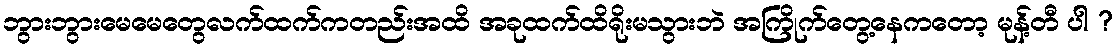
ဘွားဘွားမေမေတွေလက်ထက်ကတည်းအထိ အခုထက်ထိရိုးမသွားဘဲ အကြိုက်တွေ့နေကတော့ မုန့်တီ ပါ ?